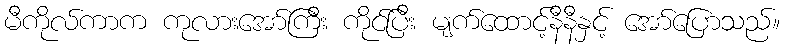
မီကိုလ်ကာက ကုလားအော်ကြီး ကိုင်ပြီး မျက်ထောင့်နီနီနှင့် အော်ပြောသည်။